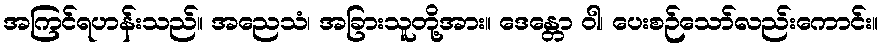
အကြင်ရဟန်းသည်။ အညေသံ၊ အခြားသူတို့အား။ ဒေန္တော ဝါ၊ ပေးစဉ်သော်လည်းကောင်း။